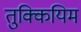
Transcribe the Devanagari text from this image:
तुक्कियिम